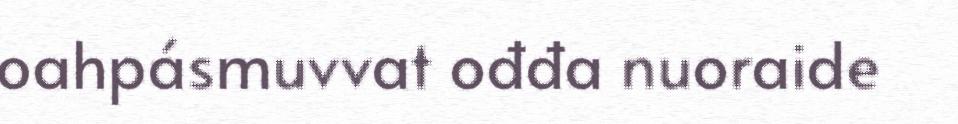
oahpásmuvvat ođđa nuoraide